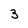
Character: 3